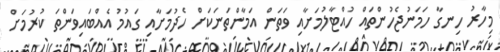
މިހާރު ހިނގާ ހަމަނުޖެހުންތައް ހުއްޓާލުމަށާއި ވަތަން އަމާންތަނަކަށް ހެދުމަށާއި ގައުމު އެއްބައިވަންތަ ކުރުމަށް